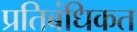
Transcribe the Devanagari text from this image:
प्रतिबंधिकत